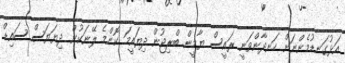
އަޅުގަނޑުމެންނަށް ހަނދާންވަނީ ރައީސް ޔާމީން. ބްރިޖުން ދިޔައީމަ ކޮންމެ ލޭނަކުން ދިޔަޔަސް ސައިޑް